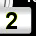
Digit: 2